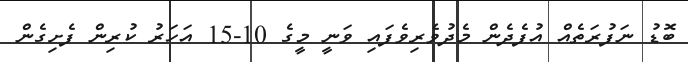
ބޮޑު ނަފުރަތެއް އުފެދެން މެދުވެރިވެފައި ވަނީ މީގެ 10-15 އަހަރު ކުރިން ފެށިގެން